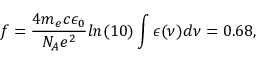
f = \frac { 4 m _ { e } c \epsilon _ { 0 } } { N _ { A } e ^ { 2 } } l n ( 1 0 ) \int \epsilon ( \nu ) d \nu = 0 . 6 8 ,